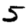
Digit: 5